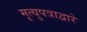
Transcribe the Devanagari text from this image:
मृत्युपत्राद्वारे